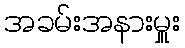
အခမ်းအနားမှူး